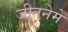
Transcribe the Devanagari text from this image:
जीतनेमे